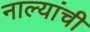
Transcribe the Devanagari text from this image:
नाल्यांची